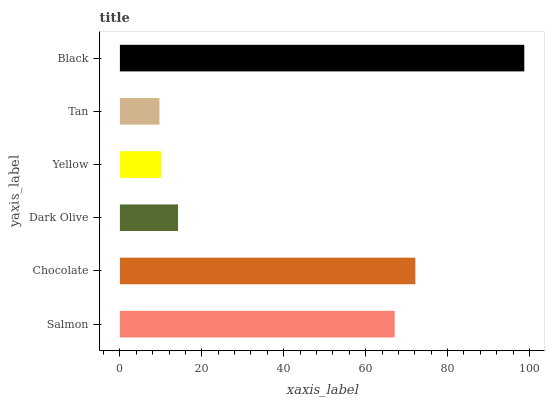
| yaxis_label | bars |
 | --- | --- |
 | Salmon | 67.1 |
 | Chocolate | 72.1 |
 | Dark Olive | 14.2 |
 | Yellow | 10.1 |
 | Tan | 9.66 |
 | Black | 98.7 |